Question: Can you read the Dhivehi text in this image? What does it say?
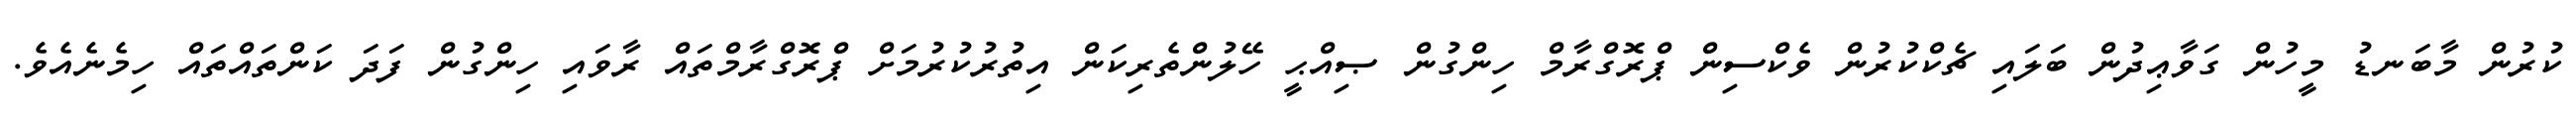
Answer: ކުރުން މާބަނޑު މީހުން ގަވާޢިދުން ބަލައި ޗެކްކުރުން ވެކްސިން ޕްރޮގްރާމް ހިންގުން ޞިއްޙީ ހޭލުންތެރިކަން އިތުރުކުރުމަށް ޕްރޮގްރާމްތައް ރާވައި ހިންގުން ފަދަ ކަންތައްތައް ހިމެނެއެވެ.